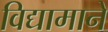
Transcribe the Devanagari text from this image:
विद्यामाने